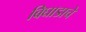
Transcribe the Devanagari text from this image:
बिघाडाचे